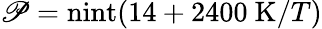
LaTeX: \mathscr{P}=\mathrm{{nint}}(14+2400~\mathrm{{K}}/T)